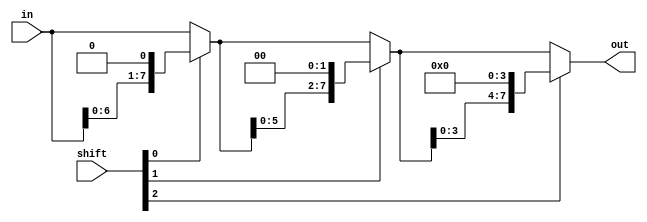
module barrel_shifter(in, shift, out);
input  [7:0] in;
input  [2:0] shift;
output [7:0] out;

/*Write your code here*/
wire [7:0] x1;
wire [7:0] x2;
reg zero=0;

assign x1[7:0]=shift[0]?{in[6:0],zero}:in[7:0];
assign x2[7:0]=shift[1]?{x1[5:0],zero,zero}:x1[7:0];
assign out[7:0]=shift[2]?{x2[3:0],zero,zero,zero,zero}:x2[7:0];



/*End of code*/
endmodule